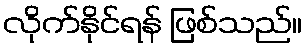
လိုက်နိုင်ရန် ဖြစ်သည်။